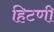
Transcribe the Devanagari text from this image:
हिटणी